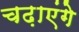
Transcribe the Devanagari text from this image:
चढ़ाएंगे